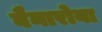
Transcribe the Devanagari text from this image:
बैनारोया